Problem: 17 + 42 = ?
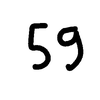
Handwritten answer: 59